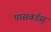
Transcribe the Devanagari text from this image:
पासवर्डस्